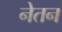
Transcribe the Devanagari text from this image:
नेतन